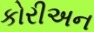
કોરીઅન